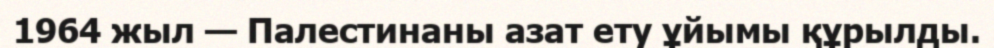
1964 жыл — Палестинаны азат ету ұйымы құрылды.